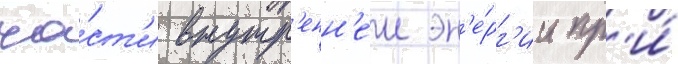
ча́ст'и внутр'енн'еи эн'е́рг'ии пр'и́